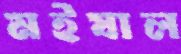
মইষাল